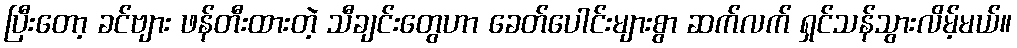
ပြီးတော့ ခင်ဗျား ဖန်တီးထားတဲ့ သီချင်းတွေဟာ ခေတ်ပေါင်းများစွာ ဆက်လက် ရှင်သန်သွားလိမ့်မယ်။